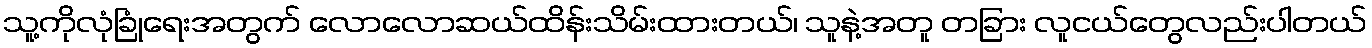
သူ့ကိုလုံခြုံရေးအတွက် လောလောဆယ်ထိန်းသိမ်းထားတယ်၊ သူနဲ့အတူ တခြား လူငယ်တွေလည်းပါတယ်